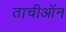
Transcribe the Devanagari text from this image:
ताचीऑन